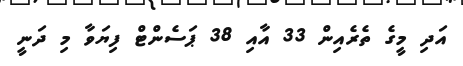
އަދި މީގެ ތެރެއިން 33 އާއި 38 ޕަސެންޓް ފިޔަވާ މި ދަނީ